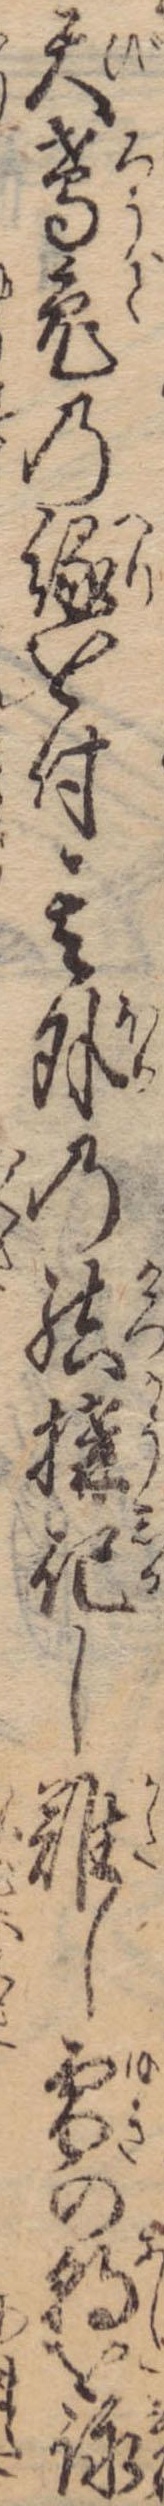
天鳶兎の縁を付其外の結構記し難し雪の朝を詠